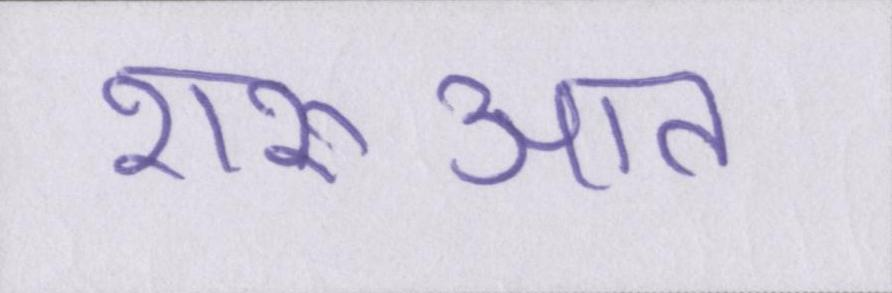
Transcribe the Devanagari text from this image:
शरुआत